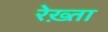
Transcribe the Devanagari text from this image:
रेख़्ता